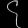
Digit: ၄